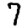
Digit: 7